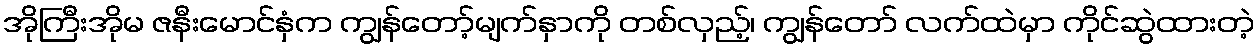
အိုကြီးအိုမ ဇနီးမောင်နှံက ကျွန်တော့်မျက်နှာကို တစ်လှည့်၊ ကျွန်တော် လက်ထဲမှာ ကိုင်ဆွဲထားတဲ့